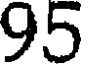
95